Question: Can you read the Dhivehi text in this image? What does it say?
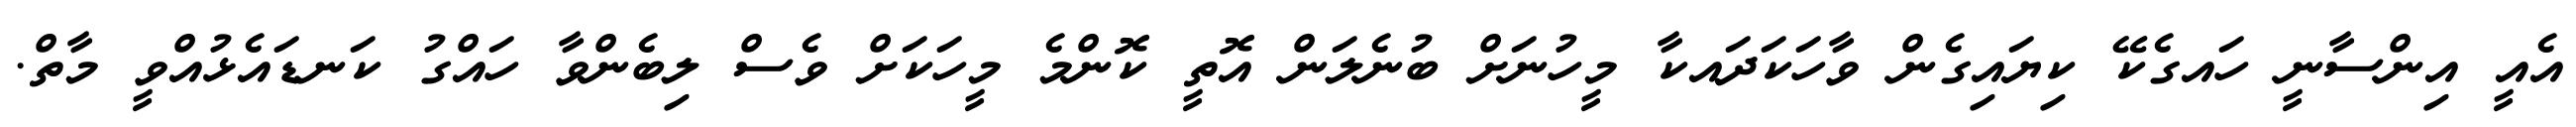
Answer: އެއީ އިންސާނީ ހައގެކޭ ކިޔައިގެން ވާހަކަދައކާ މީހުނަށް ބުނެލަން އޮތީ ކޮންމެ މީހަކަށް ވެސް ލިބެންވާ ހައްގު ކަނޑައެޅުއްވީ މާތް.